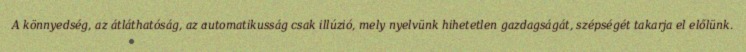
A könnyedség, az átláthatóság, az automatikusság csak illúzió, mely nyelvünk hihetetlen gazdagságát, szépségét takarja el előlünk.